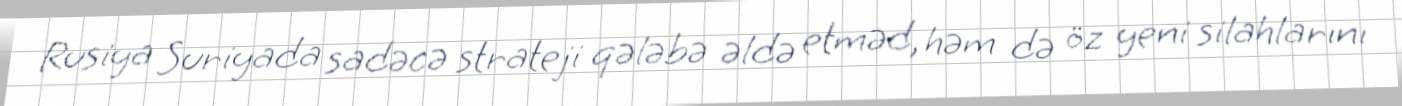
Rusiya Suriyada sadəcə strateji qələbə əldə etməd, həm də öz yeni silahlarını